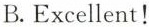
B.Excellent!